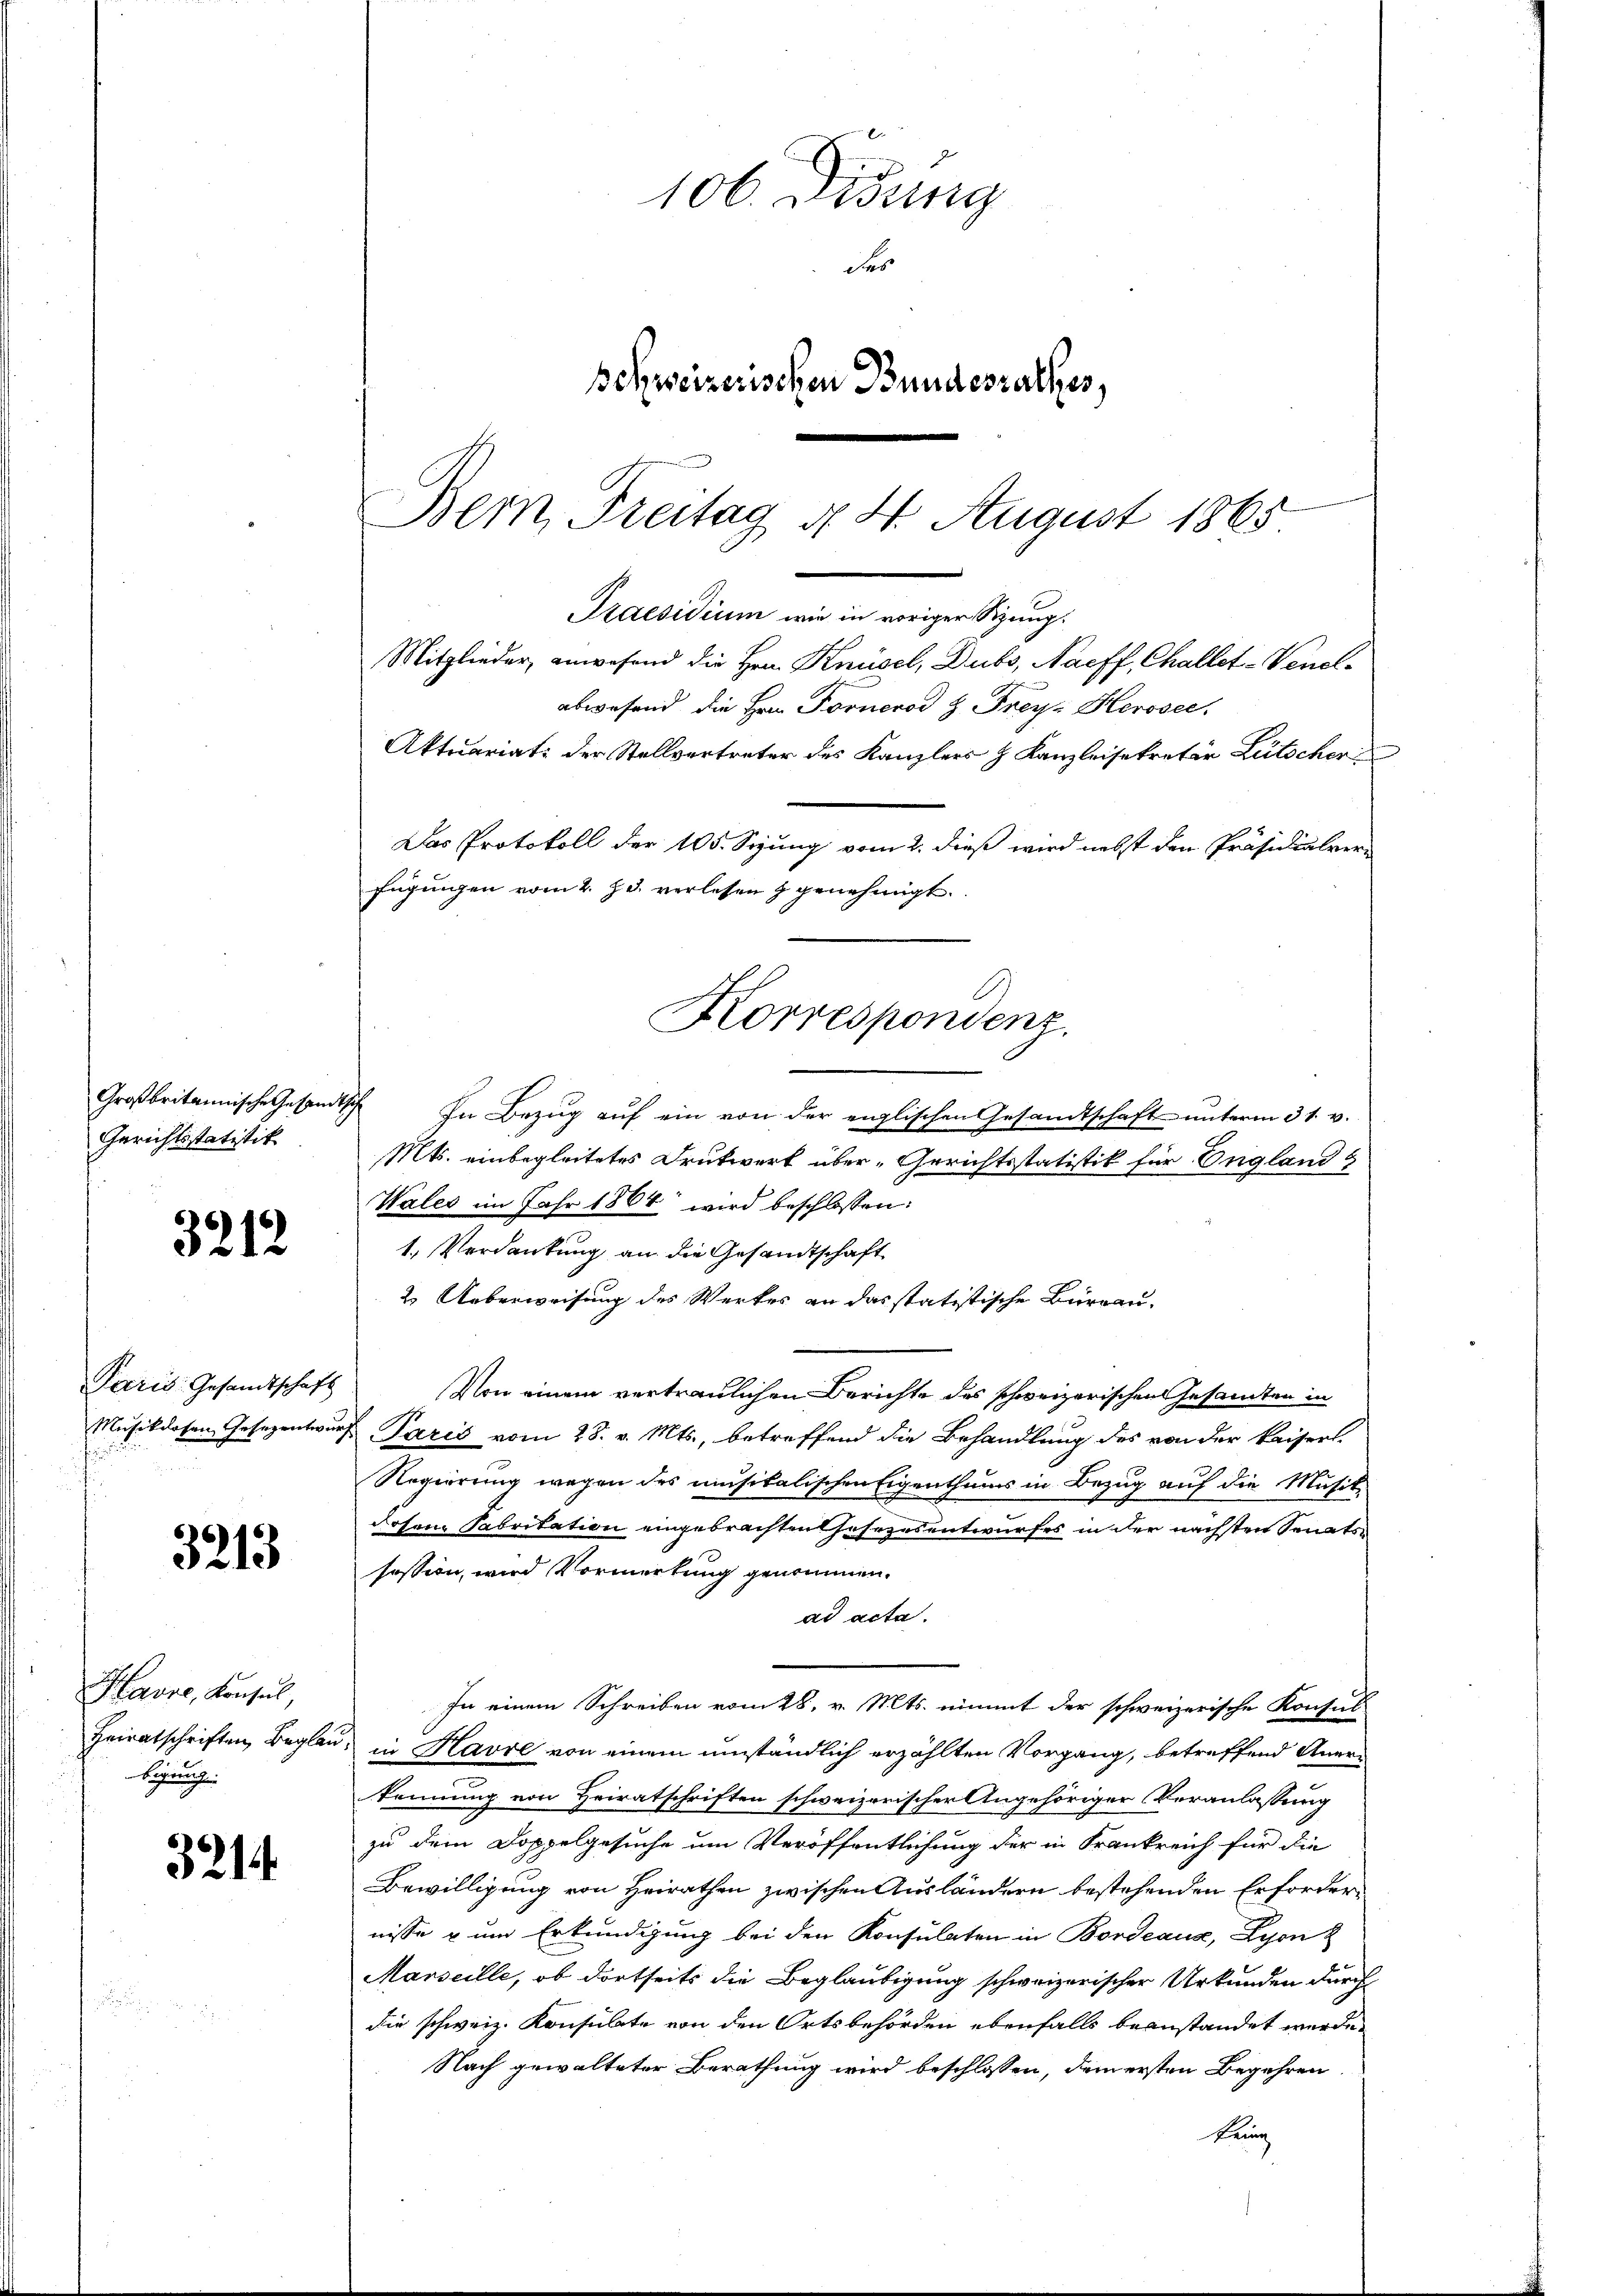
Großbritannische Gesand
Gerichtsstatitik

3212

Paris Gesandtschaft
Musikdosen Gesezentwir

3213

Havre, Konsul,
Heiratschriften, Beglei
bigung

3214

106 Didung
des
Behweizerischen Bundesrathes,
Bern, Freitag d. 4. August 1865

abwesend, die Hrn. Fornerod & Frey. Herosec
Das Protokoll der 105. Seung vom 2. dieß wird nebst den Präsidialverfügŭngen vom 2. Js. verlesen & genehmigt.
Korrespondenz

Praesidium wie in voriger Sizung.
Mitglieder anwesend die Hrn. Knüsel, Dubs, Naeff, Challet-Venel¬

Aktuariat der Stellvertreter des Kanzlers & Kanzleisekretär Lütscher

In Bezug auf ein von der englischen Gesandtschaft unterm 31. v.
Mts. einbegleitetes Drukwerk über „Gerichtsstatistik für England &
Wales im Jahr 1864 wird beschlossen:
1. Verdankung an die Gesandtschaft
2. Ueberweisung des Werkes an das statistische Büreau-
Von einem vertraulichen Berichte des schweizerischen Gesandten in
o Paris vom 28. v. Mts., betreffend die Behandlung des von der kaiserl.
Regierung wegen des musikalischen Eigenthums in Bezug auf die Musik-
dosen Fabritation eingebrachten Gesezesentwurfes in der nächsten Senatssession, wird Vormerkung genommen.
ad acta.
In einem Schreiben vom 28. v. Mts. nimmt der schweizerische Konsul
in Havre von einem umständlich erzählten Vorgang, betreffend Anerkennung von Heiratschriften schweizerischer Angehöriger Veranlassung
zu dem Doppelgesuche um Veröffentlichung der in Frankreich für die
Bewilligung von Heirathen zwischen Ausländern bestehenden Erfordernisse & um Erkundigung bei den Konsulaten in Bordeaux, Lyon
Marseille, ob dortseits die Beglaubigung schweizerischer Urkunden durch
die schweiz. Konsulate von den Ortsbehörden ebenfalls beanstandet werde.
Nach gewalteter Berathung wird beschlossen, dem ersten Begehren
keine